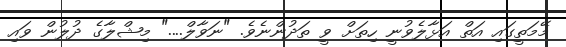
މޭމަތީގައި އަތް އަޅާލެވުނީ ހިތަށް ވީ ތަދުންނެވެ. "ނަވާލް...." މިޝްލާގެ ދުލުން ވައި